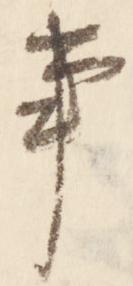
事